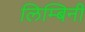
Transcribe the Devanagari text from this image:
लिम्बिनी